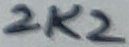
Text: 2K2